Vaccination in Bombay 1924-1928 - 1924-1928
Year: 1924
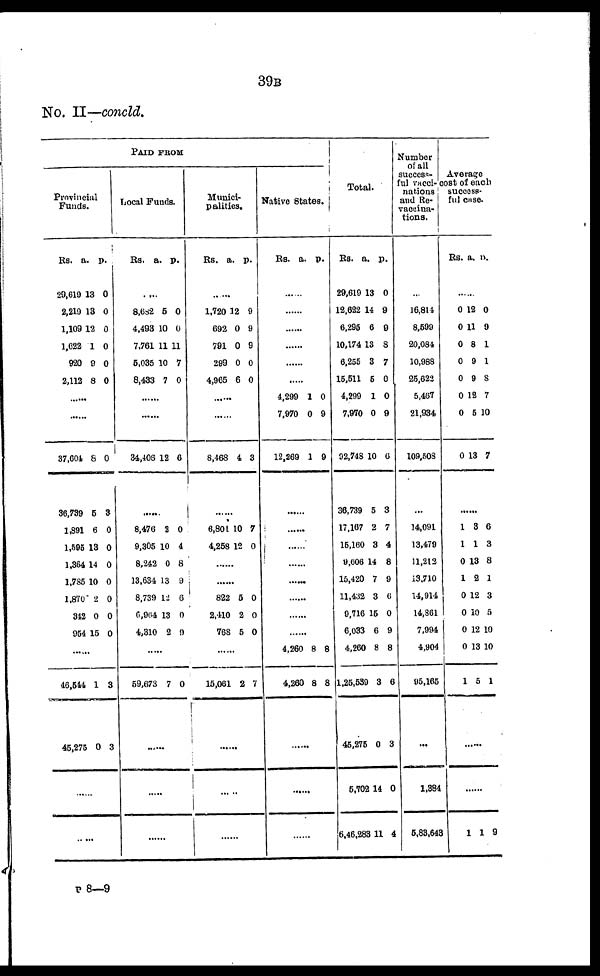
39B
No. II—concld.
PAID FROM
Provincial
Funds.
Rs.
29,619
2,219
1,109
1,622
920
2,112
a.
13
13
12
1
9
8
p.
0
0
0
0
0
0
......
......
37,604
36,739
1,891
1,595
1,364
1,785
1,870
342
954
8
6
6
13
14
10
2
0
15
0
3
0
0
0
0
0
0
0
......
46,544
45,275
1
0
3
3
......
......
Local Funds.
Rs.
a. p.
....
8,682
4,493
7,761
5,035
8,433
5
10
11
10
7
0
0
11
7
0
......
......
34,408 12 6
......
8,476
9,305
8,242
13,634
8,739
6,964
4,310
2
10
0
13
12
13
2
0
4
8
9
6
0
9
......
59,673 7 0
......
......
......
Munici-
palities.
Rs.
a. p.
......
1,720
692
791
299
4,965
12
0
0
0
6
9
9
9
0
0
......
......
8,468 4 3
......
6,801
4,258
10
12
7
0
......
.....
822
2,410
768
5
2
5
0
0
0
......
15,081 2 7
......
......
......
Native States.
Rs.
a. p.
......
......
......
......
......
......
4,299
7,970
12,269
1
0
1
0
9
9
......
......
......
......
.....
......
......
......
4,260
4,260
8
8
8
8
......
......
......
Total.
Rs.
29,619
12,622
6,295
10,174
6,255
15,511
4,299
7,970
92,748
36,739
17,167
15,160
9,606
15,420
11,432
9,716
6,033
4,260
1,25,539
45,275
5,702
6,46,283
a.
13
14
6
13
3
5
1
0
10
5
2
3
14
7
3
15
6
8
3
0
14
11
p.
0
9
9
8
7
0
0
9
6
3
7
4
8
9
6
0
9
8
6
3
0
4
Number
of all
success-
ful Vacci-
nations
and Re-
vaccina-
tions.
...
16,814
8,599
20,084
10,988
25,622
5,467
21,934
109,508
...
14,091
13,479
11,212
13,710
14,914
14,861
7,994
4,904
95,165
...
1,384
5,83,643
Average
cost of each
success-
ful case.
Rs a. p.
......
0
0
0
0
0
0
0
0
12
11
8
9
9
12
5
13
0
9
1
1
8
7
10
7
......
1
1
0
1
0
0
0
0
1
3
1
13
2
12
10
12
13
5
6
3
8
1
3
5
10
10
1
......
......
1 1 9
P 8—9